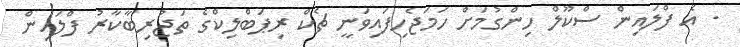
. އެ ފްލައިން ސްކޫލް ހިންގުމަށް ހަމަޖެހިފައިވަނީ ޗެކް ރިޕަބްލިކްގެ ތަޖުރިބާކާރު ފްލައިން